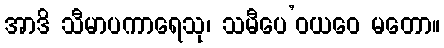
အာဒိ သီမာပကာရေသု၊ သမီပေ’ဝယဝေ မတော။